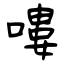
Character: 嘍